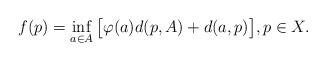
LaTeX: \begin{align*} f(p)=\inf_{a\in A}\big[\varphi(a) d(p,A) + d(a,p)\big],p\in X. \end{align*}